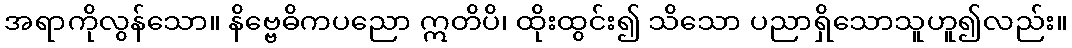
အရာကိုလွန်သော။ နိဗ္ဗေဓိကပညော ဣတိပိ၊ ထိုးထွင်း၍ သိသော ပညာရှိသောသူဟူ၍လည်း။